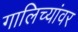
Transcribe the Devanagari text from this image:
गालिच्यांवर